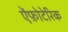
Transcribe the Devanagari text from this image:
ऐंफ़ोटेरिक